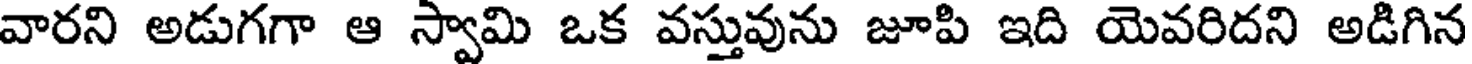
వారని అడుగగా ఆ స్వామి ఒక వస్తువును జూపి ఇది యెవరిదని అడిగిన